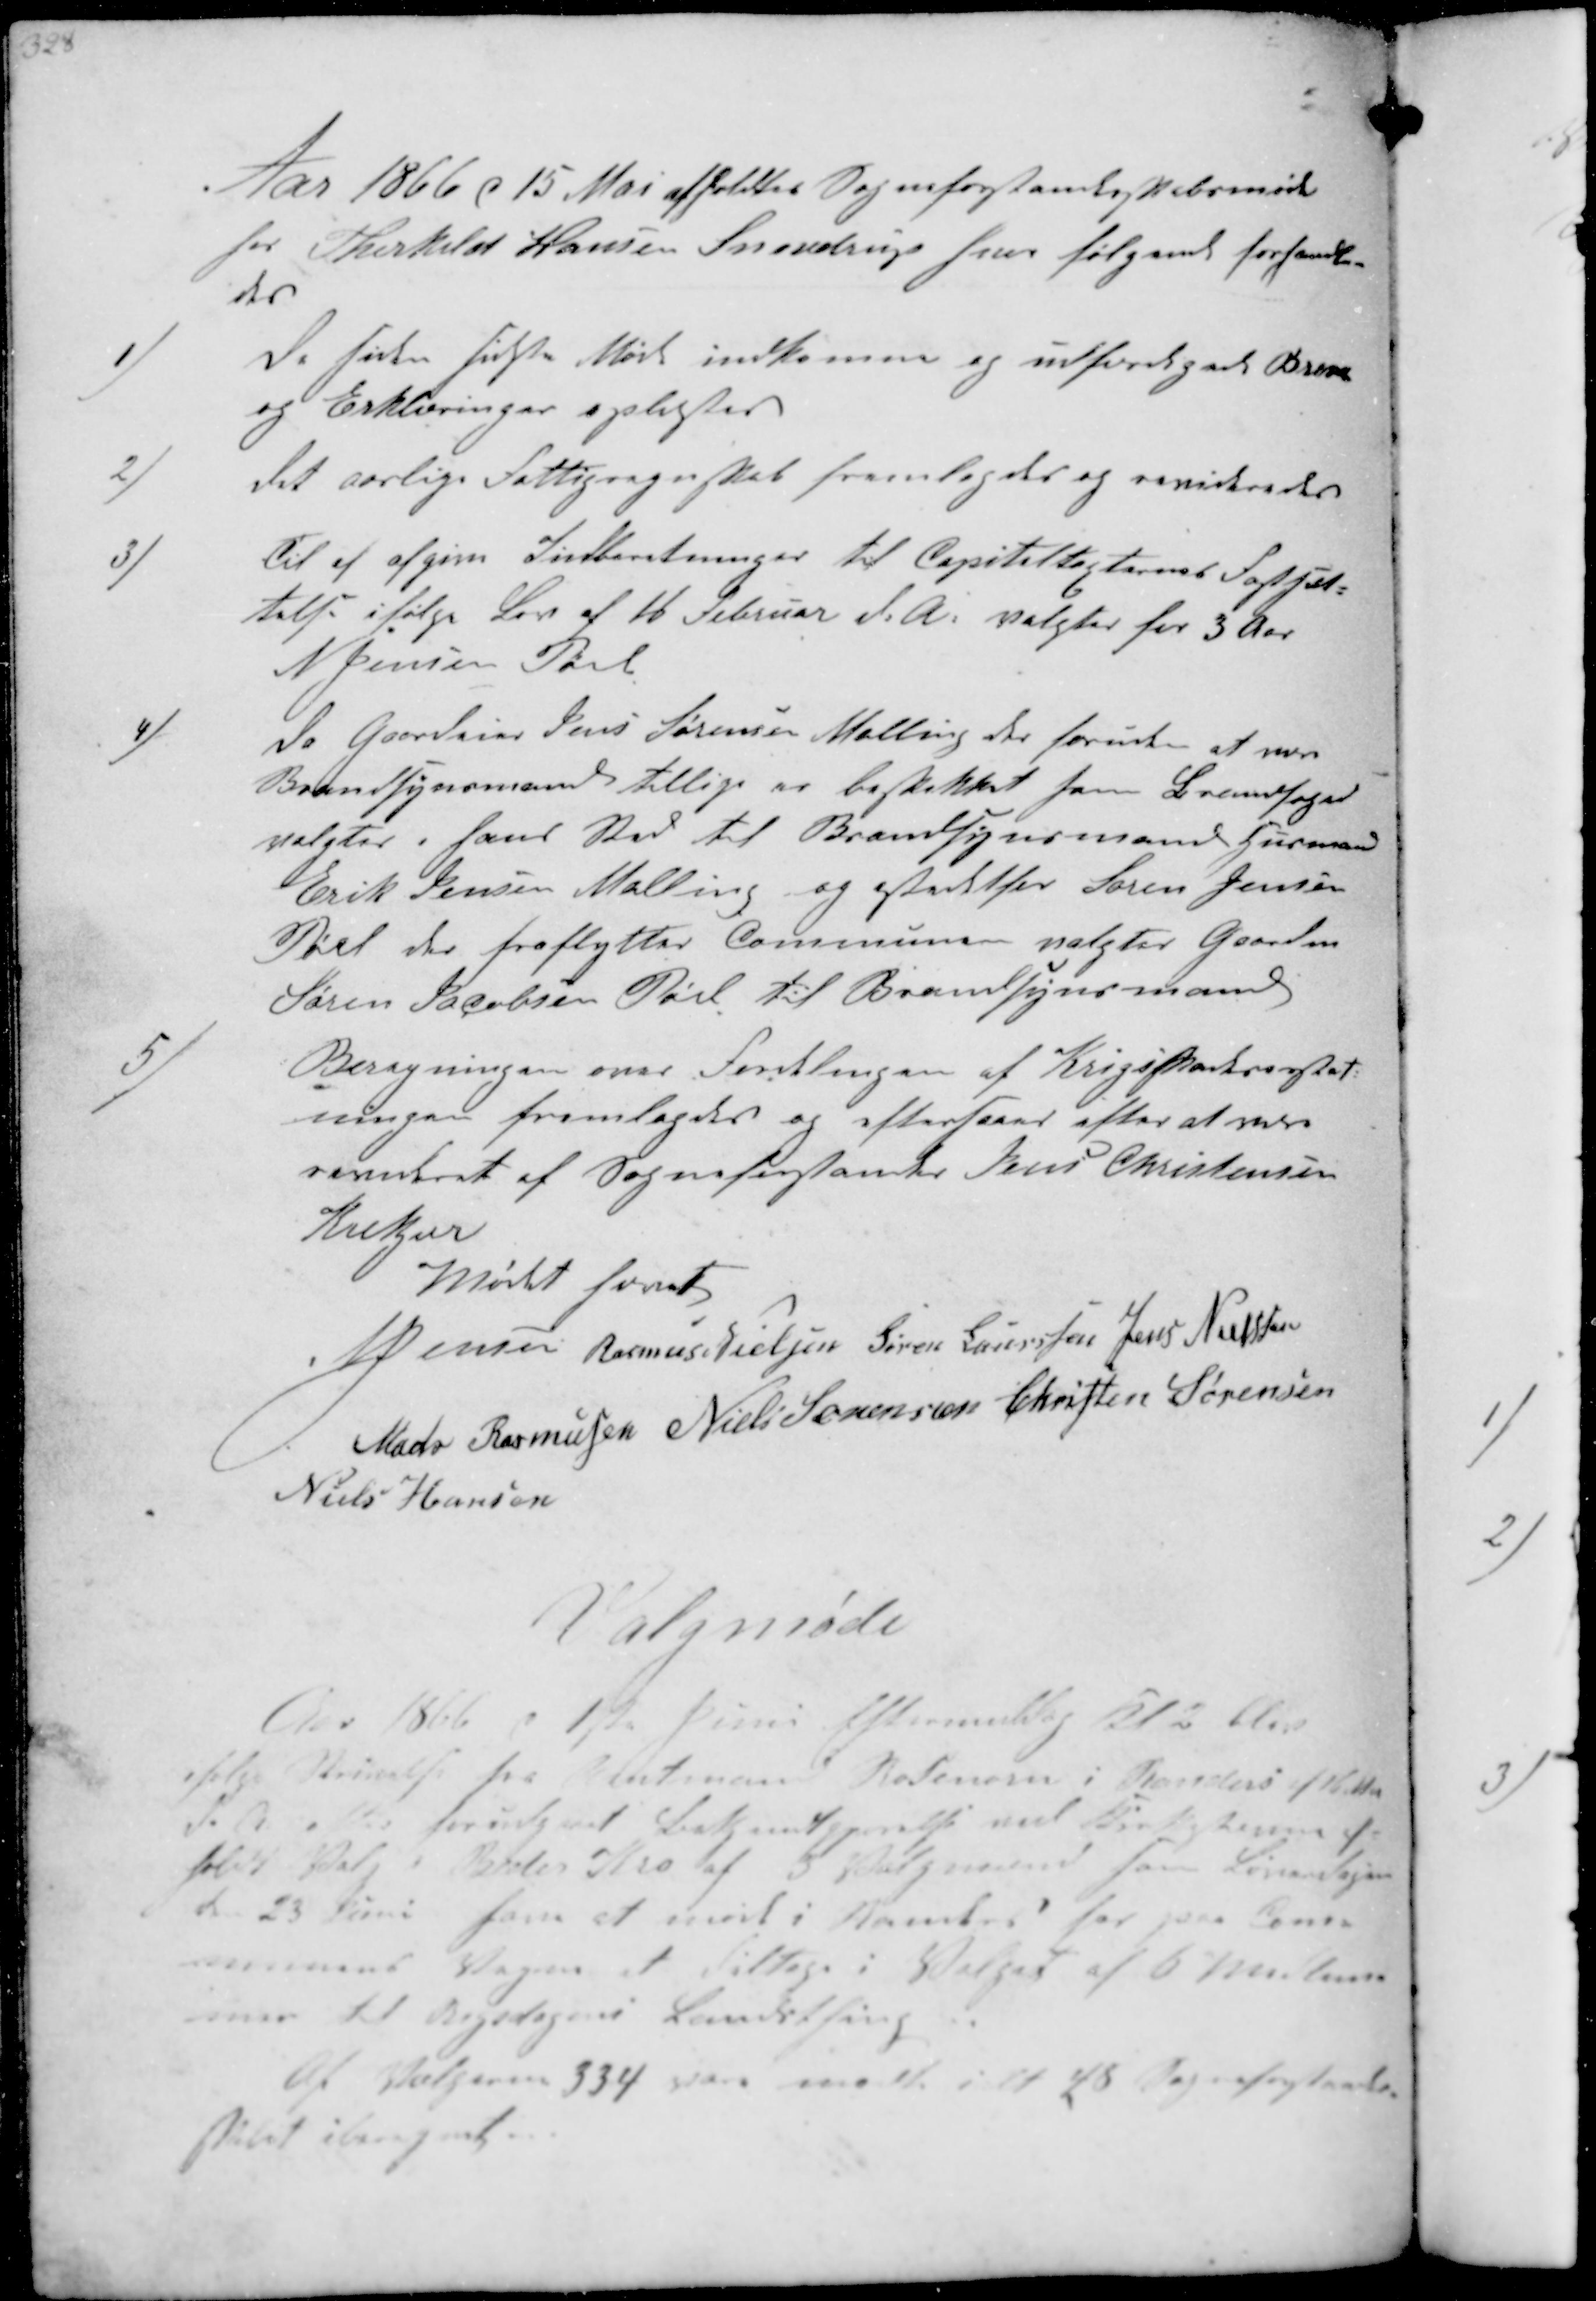
Transskription:
Aar 1866 d 15 Mai afholdtes Sogneforstanderskabsmøde
hos Thorkild Hansen Snovdrup hvor følgende forhandle =
des
1)
De siden sidste Møde indkomne og udfærdigede Breve
og Erklæringer oplæstes
2)
det aarlige Fattigregnskab fremlagdes og revideredes
3)
Til af afgive Indberetninger til Capitaltaksternes Fastsæt-
telse ifølge Lov af 16 Februar d.A. valgter for 3 Aar
N Jensen Pøel
4)
Da Gaardeier Jens Sørensen Malling der foruden at være
Brandsynsmand tillige er beskikket som Brandfoged
valgter i hans Sted til Brandsynsmand Husmand
Erik Jensen Malling og istedetsor Søren Jensen
Pøel der fraflytter Communen valgtes Gaardm
Søren Jacobsen Pøel til Brandsynsmand
5)
Beregningen over Fordelingen af Krigskadeserstat
ningen fremlagdes og eftersaaes efter at være
revideret af Sogneforstander Jens Christensen
Krekjær
Mødet hævet
N Jensen
Rasmus Nielsen
Søren Laurssen
Jens Nielsen
Mads Rasmussen
Niels Sørensen
Christen Sørensen
Niels Hansen

Valgmøde
Aar 1866 d 1ste Juni Eftermiddag Kl 2 blev
ifølge Skrivelse fra Amtmand Rodensen i Randers af 16 
d.A. efter forudgaaet Bekjentgjørelse ved Kirkestævne af-
holdt Valg i Beder Kro af 5 Valgmænd som Søndagen
d. 23 Juni faar at møde i Amtet for paa Com-
munens Vegne at deltage i Valget af 6 Medlem-
mer til Rigsdagens Landsting
Af Vælgerne 334 var mødt ialt 48 Sogneforstander-
skabet iberegnet.